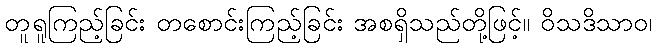
တူရူကြည့်ခြင်း တစောင်းကြည့်ခြင်း အစရှိသည်တို့ဖြင့်။ ဝိသဒိသာဝ၊